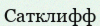
Сатклифф